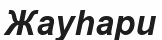
Жауһари